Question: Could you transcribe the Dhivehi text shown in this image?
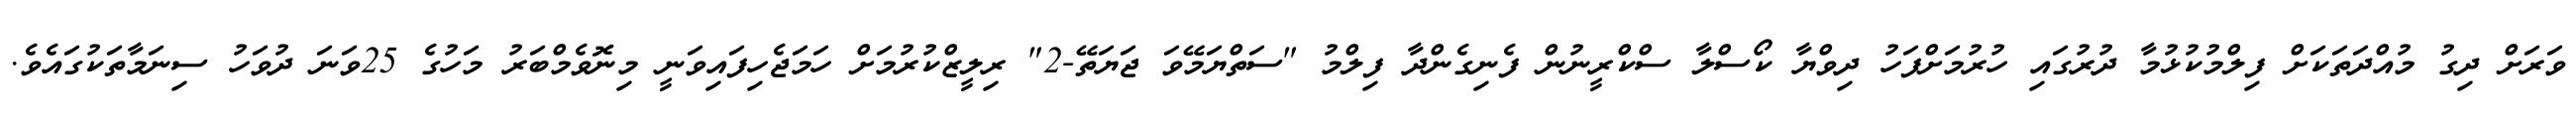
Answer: ވަރަށް ދިގު މުއްދަތަކަށް ފިލްމުކުޅުމާ ދުރުގައި ހުރުމަށްފަހު ދިވްޔާ ކޯސްލާ ސްކްރީނުން ފެނިގެންދާ ފިލްމު "ސަތްޔަމޭވަ ޖަޔަތޭ-2" ރިލީޒްކުރުމަށް ހަމަޖެހިފައިވަނީ މިނޮވެމްބަރު މަހުގެ 25ވަނަ ދުވަހު ސިނަމާތަކުގައެވެ.